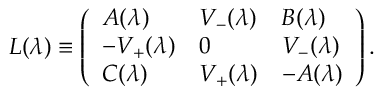
L ( \lambda ) \equiv \left( \begin{array} { l l l } { { A ( \lambda ) } } & { { V \sb - ( \lambda ) } } & { { B ( \lambda ) } } \\ { { - V \sb + ( \lambda ) } } & { { 0 } } & { { V \sb - ( \lambda ) } } \\ { { C ( \lambda ) } } & { { V \sb + ( \lambda ) } } & { { - A ( \lambda ) } } \end{array} \right) .